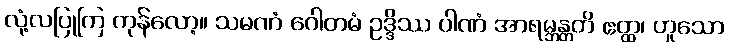
လုံ့လပြုကြ ကုန်လော့။ သမဏံ ဂေါတမံ ဥဒ္ဒိဿ ပါဏံ အာရမ္ဘန္တတိ ဧတ္ထ၊ ဟူသော